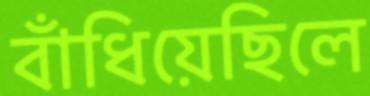
বাঁধিয়েছিলে